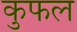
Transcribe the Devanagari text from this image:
कुफल